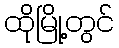
ထိုမြို့တွင်